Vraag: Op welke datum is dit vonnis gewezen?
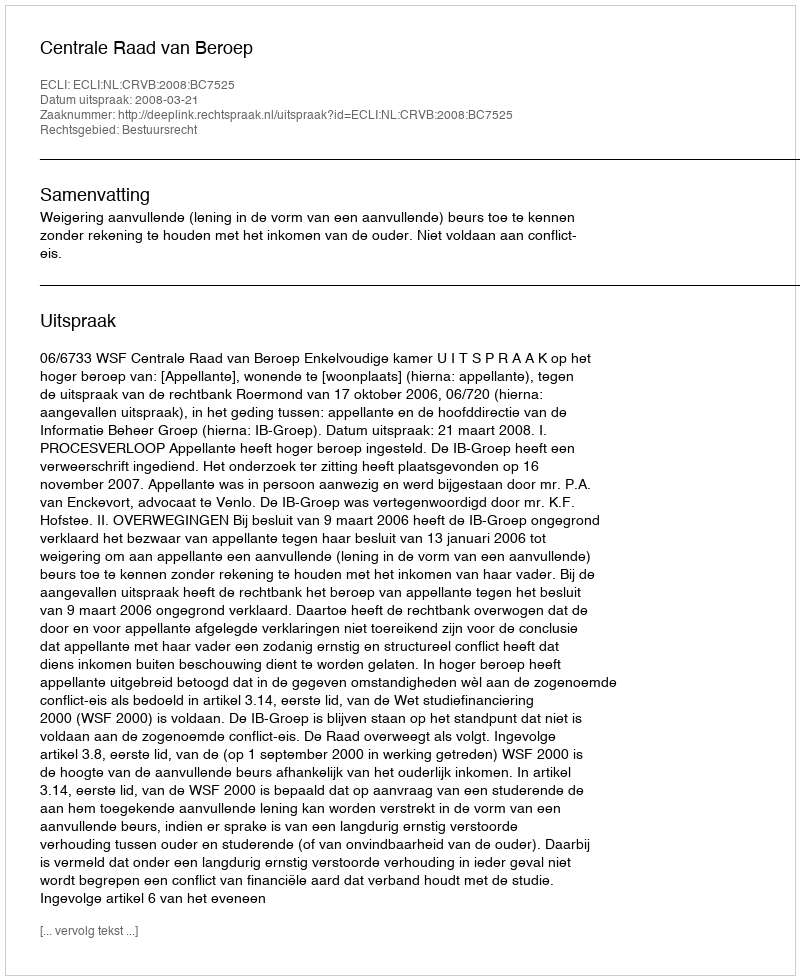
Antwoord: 2008-03-21